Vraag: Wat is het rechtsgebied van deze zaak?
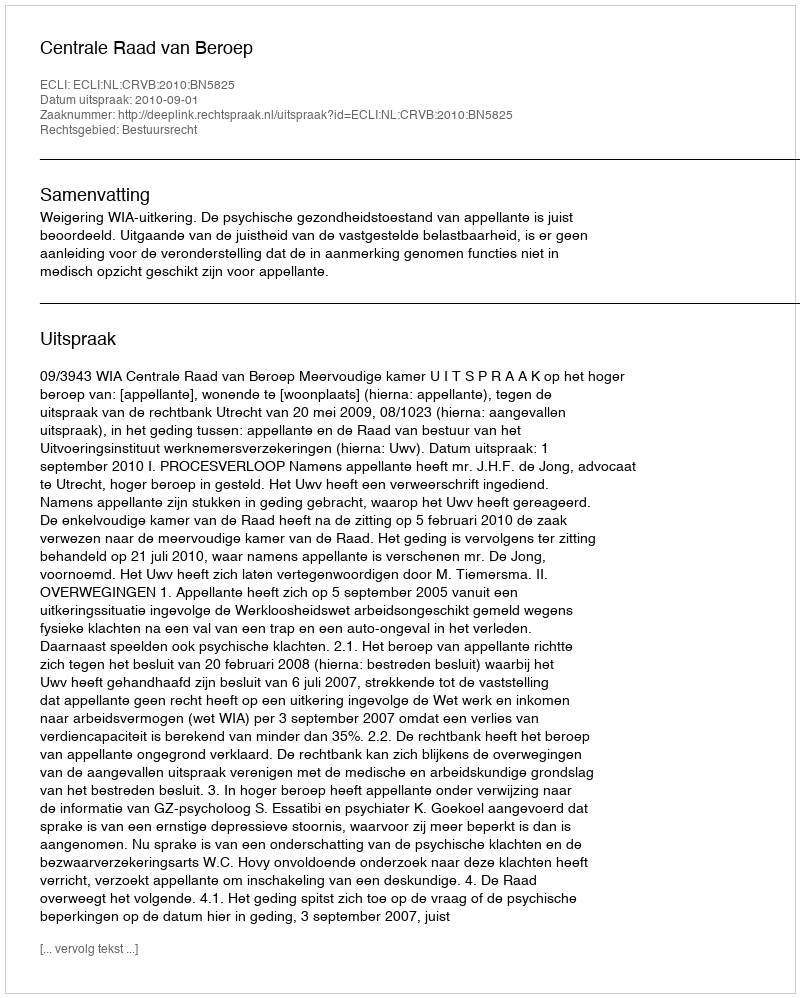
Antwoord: Bestuursrecht